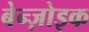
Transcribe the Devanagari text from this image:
बेन्ज़ोइक